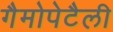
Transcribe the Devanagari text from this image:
गैमोपेटैली